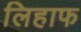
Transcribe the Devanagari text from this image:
लिहाफ